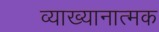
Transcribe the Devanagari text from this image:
व्याख्यानात्मक